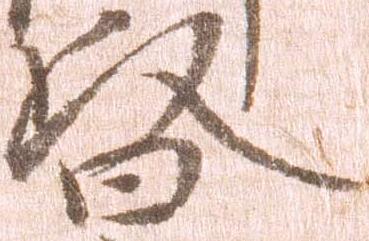
督